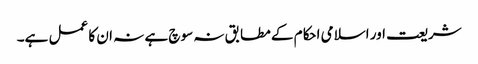
شریعت اور اسلامی احکام کے مطابق نہ سوچ ہے نہ ان کا عمل ہے۔